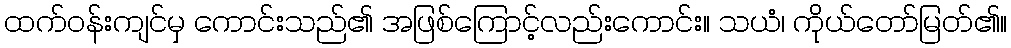
ထက်ဝန်းကျင်မှ ကောင်းသည်၏ အဖြစ်ကြောင့်လည်းကောင်း။ သယံ၊ ကိုယ်တော်မြတ်၏။